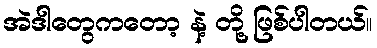
အဲဒါတွေကတော့ နဲ့ တို့ ဖြစ်ပါတယ်။